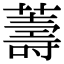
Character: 薵